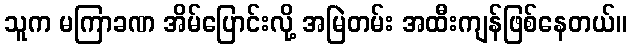
သူက မကြာခဏ အိမ်ပြောင်းလို့ အမြဲတမ်း အထီးကျန်ဖြစ်နေတယ်။